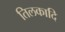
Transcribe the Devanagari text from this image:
तिलकादि